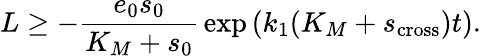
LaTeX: L\geq-\frac{e_{0}s_{0}}{K_{M}+s_{0}}\, \exp\left(k_{1}(K_{M}+s_{\mathrm{cross}})t\right).